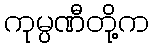
ကုမ္ပဏီတို့က